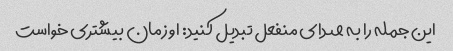
این جمله را به صدای منفعل تبدیل کنید: او زمان بیشتری خواست